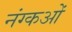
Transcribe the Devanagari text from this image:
नंग्‍कओं